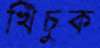
খিঁচুক